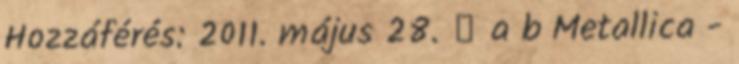
Hozzáférés: 2011. május 28. ↑ a b Metallica -